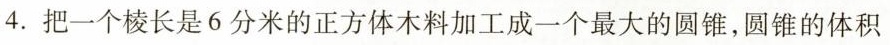
4. 把一个棱长是6分米的正方体木料加工成一个最大的圆锥，圆锥的体积